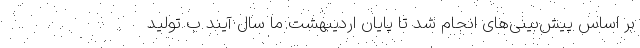
بر اساس پیش‌بینی‌های انجام شد تا پایان اردیبهشت ما سال آیند ب تولید